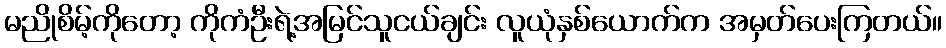
မညိုစိမ့်ကိုတော့ ကိုကံဦးရဲ့အမြင်သူငယ်ချင်း လူယုံနှစ်ယောက်က အမှတ်ပေးကြတယ်။